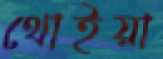
থোইয়া